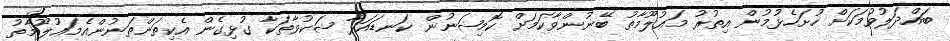
ބައްދަލުވުމަކަށް ހުށަހެޅުމުން އިތުރު މަޢުލޫމާތު ބޭނުންވާކަމަށް ކޮމިޝަނުން ކަނޑައަޅާ ޝަކުވާތަކާ ގުޅިގެން އެކިތަންތަނުންއެމަޢުލޫމާތު